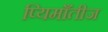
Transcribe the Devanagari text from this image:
प्यिमाँतीज